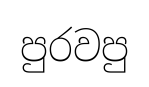
පුරවපු